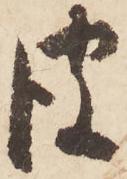
彼